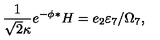
{ { \frac { 1 } { \sqrt { 2 } \kappa } } e ^ { - \phi } { } ^ { \ast } H = e _ { 2 } \varepsilon _ { 7 } / \Omega _ { 7 } , }